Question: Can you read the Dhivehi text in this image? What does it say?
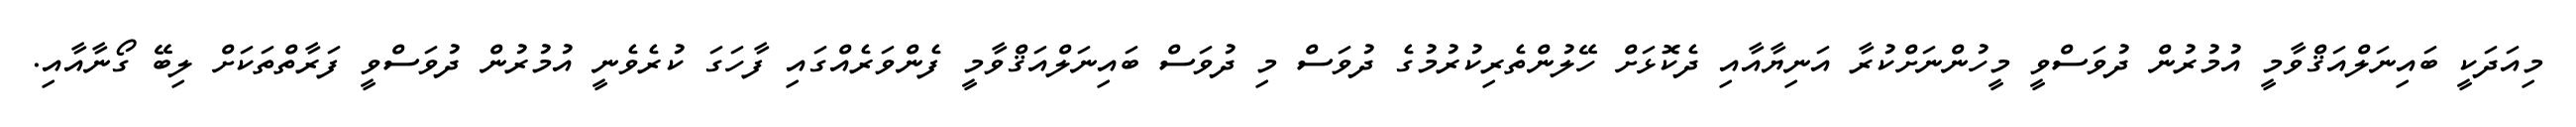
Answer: މިއަދަކީ ބައިނަލްއަޤްވާމީ އުމުރުން ދުވަސްވީ މީހުންނަށްކުރާ އަނިޔާއާއި ދެކޮޅަށް ހޭލުންތެރިކުރުމުގެ ދުވަސް މި ދުވަސް ބައިނަލްއަޤްވާމީ ފެންވަރެއްގައި ފާހަގަ ކުރެވެނީ އުމުރުން ދުވަސްވީ ފަރާތްތަކަށް ލިބޭ ގޯނާއާއި.